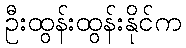
ဦးထွန်းထွန်းနိုင်က